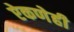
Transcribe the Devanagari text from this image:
ऐकणेही